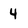
Character: 4